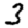
Digit: 3